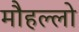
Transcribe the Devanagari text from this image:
मौहल्लो